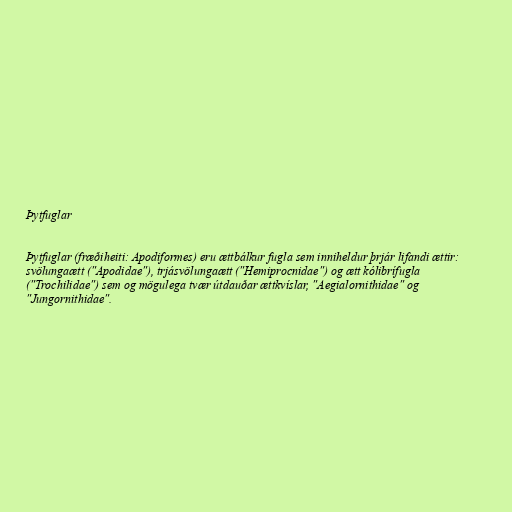
Þytfuglar

Þytfuglar (fræðiheiti: Apodiformes) eru ættbálkur fugla sem inniheldur þrjár lifandi ættir:
svölungaætt ("Apodidae"), trjásvölungaætt ("Hemiprocnidae") og ætt kólibrífugla
("Trochilidae") sem og mögulega tvær útdauðar ættkvíslar, "Aegialornithidae" og
"Jungornithidae".